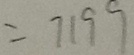
= 7 1 9 9